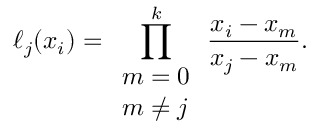
\ell _ { j } ( x _ { i } ) = \prod _ { \begin{array} { l } { m = 0 } \\ { m \neq j } \end{array} } ^ { k } { \frac { x _ { i } - x _ { m } } { x _ { j } - x _ { m } } } .